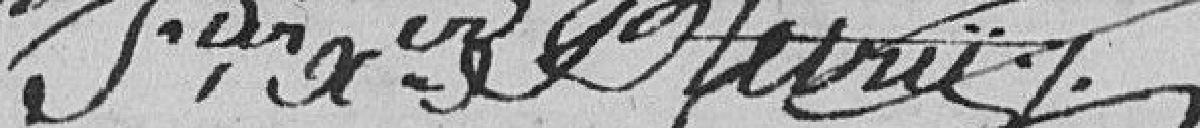
François Xavier ??????